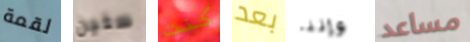
لقمة ستين كنت بعد وإننا مساعد